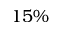
1 5 \%